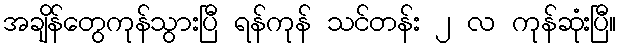
အချိန်တွေကုန်သွားပြီ ရန်ကုန် သင်တန်း ၂ လ ကုန်ဆုံးပြီ။